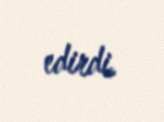
edirdi.